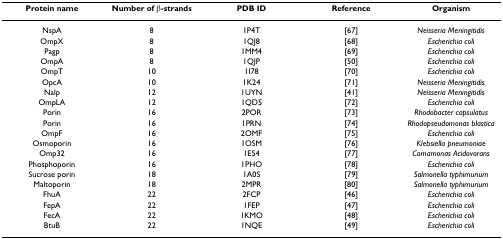
| Protein name | Number of β-strands | PDB ID | Reference | Organism |
 | --- | --- | --- | --- | --- |
 | NspA | 8 | 1P4T | [67] | Neisseria Meningitidis |
 | OmpX | 8 | 1QJ8 | [68] | Escherichia coli |
 | Pagp | 8 | 1MM4 | [69] | Escherichia coli |
 | OmpA | 8 | 1QJP | [50] | Escherichia coli |
 | OmpT | 10 | 1I78 | [70] | Escherichia coli |
 | OpcA | 10 | 1K24 | [71] | Neisseria Meningitidis |
 | Nalp | 12 | 1UYN | [41] | Neisseria Meningitidis |
 | OmpLA | 12 | 1QD5 | [72] | Escherichia coli |
 | Porin | 16 | 2POR | [73] | Rhodobacter capsulatus |
 | Porin | 16 | 1PRN | [74] | Rhodopseudomonas blastica |
 | OmpF | 16 | 2OMF | [75] | Escherichia coli |
 | Osmoporin | 16 | 1OSM | [76] | Klebsiella pneumoniae |
 | Omp32 | 16 | 1E54 | [77] | Comamonas Acidovorans |
 | Phosphoporin | 16 | 1PHO | [78] | Escherichia coli |
 | Sucrose porin | 18 | 1A0S | [79] | Salmonella typhimurium |
 | Maltoporin | 18 | 2MPR | [80] | Salmonella typhimurium |
 | FhuA | 22 | 2FCP | [46] | Escherichia coli |
 | FepA | 22 | 1FEP | [47] | Escherichia coli |
 | FecA | 22 | 1KMO | [48] | Escherichia coli |
 | BtuB | 22 | 1NQE | [49] | Escherichia coli |